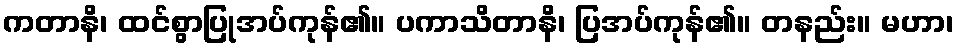
ကတာနိ၊ ထင်စွာပြုအပ်ကုန်၏။ ပကာသိတာနိ၊ ပြအပ်ကုန်၏။ တနည်း။ မဟာ၊